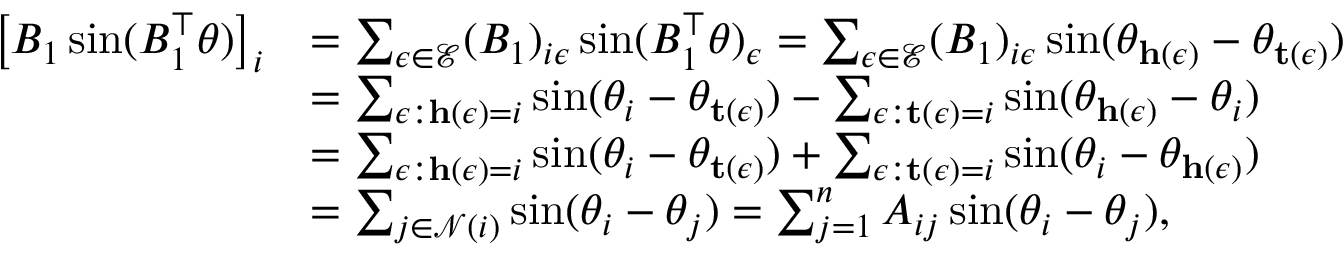
\begin{array} { r l } { \left[ B _ { 1 } \sin ( B _ { 1 } ^ { \top } \theta ) \right] _ { i } } & { = \sum _ { \epsilon \in \mathcal { E } } ( B _ { 1 } ) _ { i \epsilon } \sin ( B _ { 1 } ^ { \top } \theta ) _ { \epsilon } = \sum _ { \epsilon \in \mathcal { E } } ( B _ { 1 } ) _ { i \epsilon } \sin ( \theta _ { \mathbf { h } ( \epsilon ) } - \theta _ { \mathbf { t } ( \epsilon ) } ) } \\ & { = \sum _ { \epsilon : \mathbf { h } ( \epsilon ) = i } \sin ( \theta _ { i } - \theta _ { \mathbf { t } ( \epsilon ) } ) - \sum _ { \epsilon : \mathbf { t } ( \epsilon ) = i } \sin ( \theta _ { \mathbf { h } ( \epsilon ) } - \theta _ { i } ) } \\ & { = \sum _ { \epsilon : \mathbf { h } ( \epsilon ) = i } \sin ( \theta _ { i } - \theta _ { \mathbf { t } ( \epsilon ) } ) + \sum _ { \epsilon : \mathbf { t } ( \epsilon ) = i } \sin ( \theta _ { i } - \theta _ { \mathbf { h } ( \epsilon ) } ) } \\ & { = \sum _ { j \in \mathcal { N } ( i ) } \sin ( \theta _ { i } - \theta _ { j } ) = \sum _ { j = 1 } ^ { n } A _ { i j } \sin ( \theta _ { i } - \theta _ { j } ) , } \end{array}